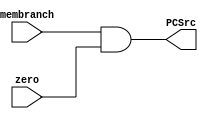
`timescale 1ns / 1ps
/* and.v */
module AND(
	input	wire	membranch, zero,
	output	wire	PCSrc
    );

	assign PCSrc = membranch && zero; //finish this line

endmodule